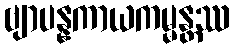
ဗျာပန္နကာယကမ္မန္တဿ